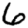
Digit: 6